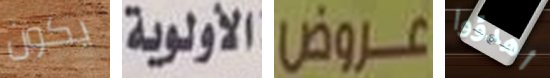
يكون الأولوية عروض اهدؤوا